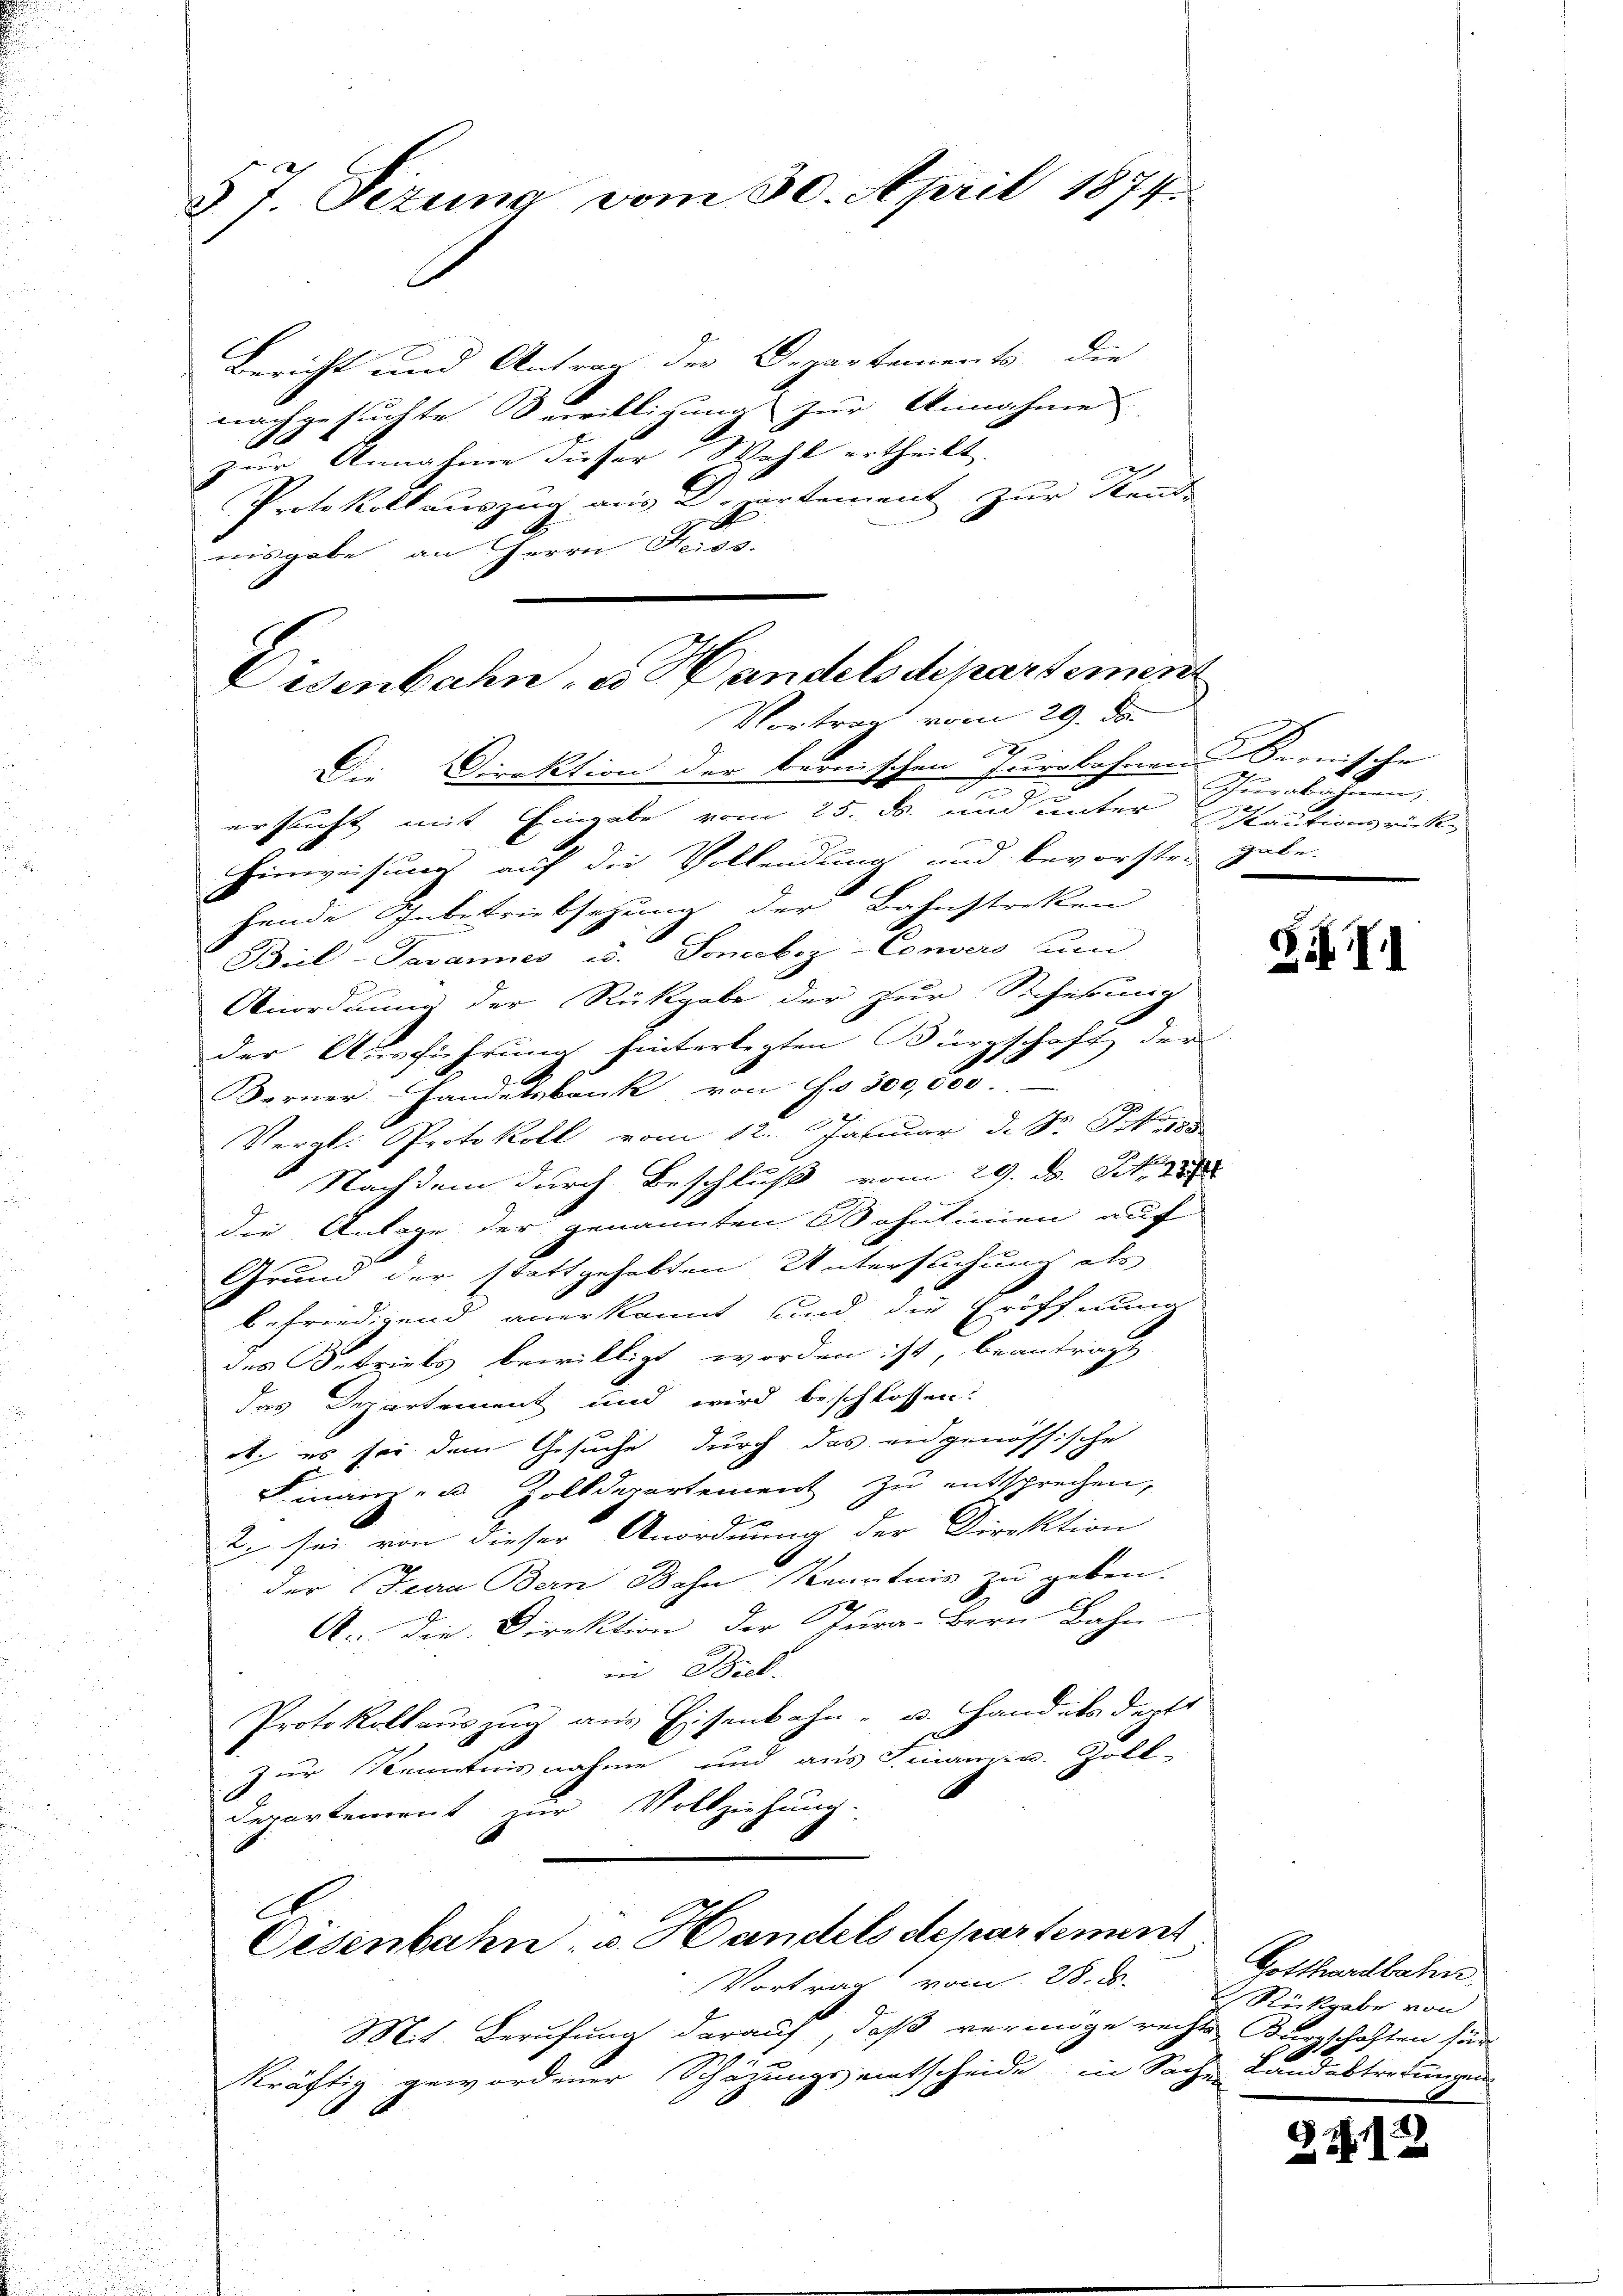
§ 7. Sizung vom 30. April 1874.

Bericht und Antrag der Departements die
nachgesuchte Bewilligung zur Annahme |
Mo
zur Annahme dieser Wahl ertheilt.
Protokollauszug aus Departement zur Stand-
nisgabe an Herrn Heiss.

Disenbahn u. Handels departement
Vortrag vom 29. de
x
Die Direktion der bernischen furobohnen Sernische

E
Cisenbahn, v. Handels departement
Vortrag vom 28. ds.

Mit. Berufung darauf, daß vermöge rechte Burschaften für
kräftig gewordener Schazungseitscheide in Sache Landabtretungen

ersucht mit Eingabe vom 25. ds. und unter
Hinweisung auf die Vollendung und bevorsten gabe.
hende Schubetriebsetzung der Bahnstreken
Biel-Tavannes u. Somobiz-Convers um
Anordnung der Rückgabe der zur Sicherung
der Ausführung hinterlegten Bürgschaft der
B
Berner Handelsbank von Fr. 300,000
Vergl. Protokoll vom 12. Januar d. S. Stam
Nachdem durch Beschluß vom 29. d. J. 1
die Anlage der genannten Bohnlinien auf
Grund der stattgehabten Untersuchung als
befriedigend anerkannt und die Eröffnung
des Betriebs bewilligt worden ist, beantragt
das Departement und wird beschlossen:
ab, es sei dem Gesuche durch das eidgenössische
mnam, u. Zolldepartement zu entsprechen,
ti sei von dieser Anordnung der Direktion
der Jura Bern Bahn Kenntnis zu geben.
A. Die Direktion der Cura-Bern Bahn-
Dick
Protokollauszug aus Eisenbahn- u. Handels deptt
zur Kenntnis nahme und aus Finanzen. Zoll-
Departement zur Vollziehung.

Turabahnen,
Kautionsrück.

§ III

Gotthardbahn
Rückgabe von
A

Z 11